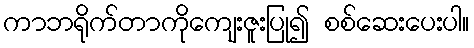
ကာဘရိုက်တာကိုကျေးဇူးပြု၍ စစ်ဆေးပေးပါ။